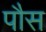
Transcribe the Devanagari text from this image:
पौस